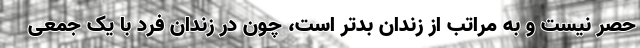
حَصر نیست و به مراتب از زندان بدتر است، چون در زندان فرد با یک جمعی